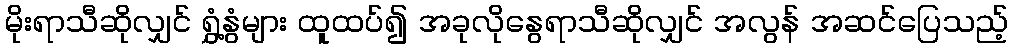
မိုးရာသီဆိုလျှင် ရွှံ့နွံများ ထူထပ်၍ အခုလိုနွေရာသီဆိုလျှင် အလွန် အဆင်ပြေသည့်